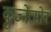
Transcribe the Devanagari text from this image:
कुज्नेत्सोव